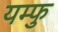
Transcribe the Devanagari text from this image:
यम्फु